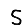
Digit: 5